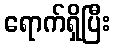
ရောက်ရှိပြီး